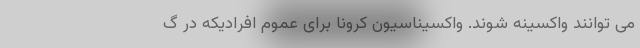
می توانند واکسینه شوند. واکسیناسیون کرونا برای عموم افرادیکه در گ